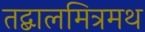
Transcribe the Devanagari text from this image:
तद्बालमित्रमथ